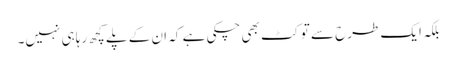
بلکہ ایک طرح سے تو کٹ بھی چکی ہے کہ ان کے پلے کچھ رہا ہی نہیں۔